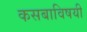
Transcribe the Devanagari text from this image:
कसबाविषयी